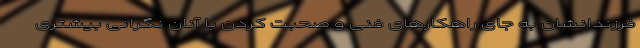
فرزندانشان به جای راهکارهای فنی و صحبت کردن با آنان نگرانی بیشتری